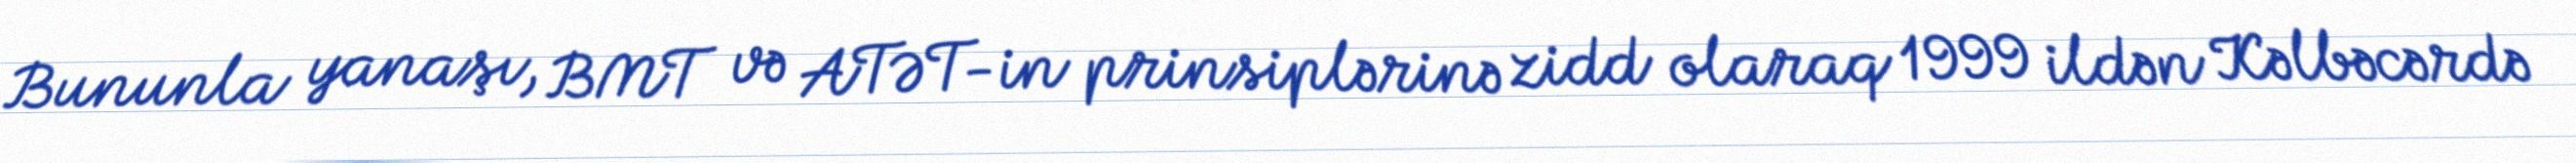
Bununla yanaşı, BMT və ATƏT-in prinsiplərinə zidd olaraq 1999 ildən Kəlbəcərdə